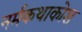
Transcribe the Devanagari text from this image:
नर्मकथाकोश